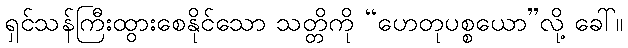
ရှင်သန်ကြီးထွားစေနိုင်သော သတ္တိကို “ဟေတုပစ္စယော”လို့ ခေါ်။